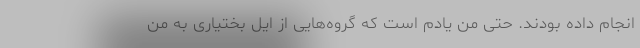
انجام داده بودند. حتی من یادم است که گروه‌هایی از ایل بختیاری به من